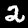
Digit: 2